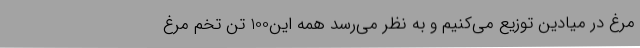
مرغ در میادین توزیع می‌کنیم و به نظر می‌رسد همه این‌100 تن تخم مرغ